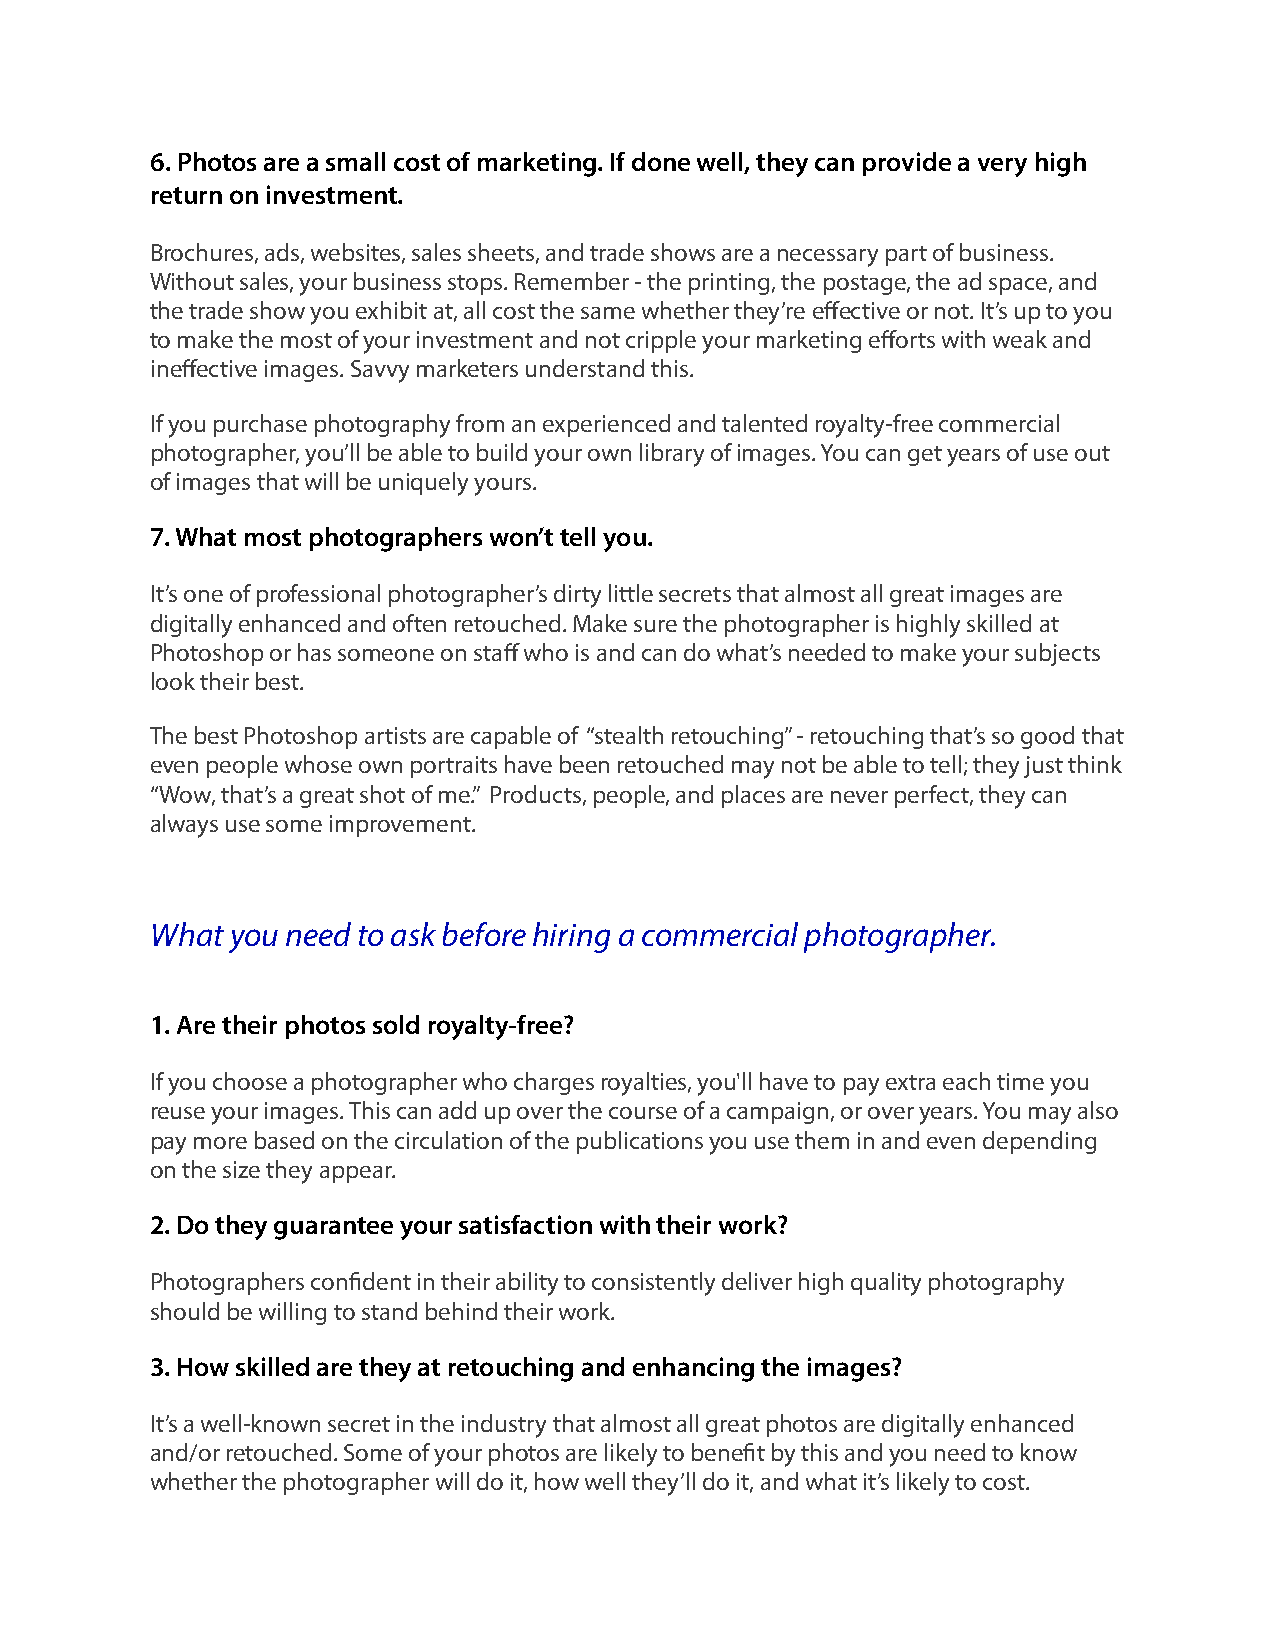
6. Photos are a small cost of marketing. If done well, they can provide a very high
 return on investment.
 Brochures, ads, websites, sales sheets, and trade shows are a necessary part of business.
 Without sales, your business stops. Remember - the printing, the postage, the ad space, and
 the trade show you exhibit at, all cost the same whether they’re effective or not. It’s up to you
 to make the most of your investment and not cripple your marketing efforts with weak and
 ineffective images. Savvy marketers understand this.
 If you purchase photography from an experienced and talented royalty-free commercial
 photographer, you’ll be able to build your own library of images. You can get years of use out
 of images that will be uniquely yours.
 7. What most photographers won’t tell you.
 It’s one of professional photographer’s dirty little secrets that almost all great images are
 digitally enhanced and often retouched. Make sure the photographer is highly skilled at
 Photoshop or has someone on staff who is and can do what’s needed to make your subjects
 look their best.
 The best Photoshop artists are capable of “stealth retouching” - retouching that’s so good that
 even people whose own portraits have been retouched may not be able to tell; they just think
 “Wow, that’s a great shot of me.” Products, people, and places are never perfect, they can
 always use some improvement.
 What you need to ask before hiring a commercial photographer.
 1. Are their photos sold royalty-free?
 If you choose a photographer who charges royalties, you'll have to pay extra each time you
 reuse your images. This can add up over the course of a campaign, or over years. You may also
 pay more based on the circulation of the publications you use them in and even depending
 on the size they appear.
 2. Do they guarantee your satisfaction with their work?
 Photographers confident in their ability to consistently deliver high quality photography
 should be willing to stand behind their work.
 3. How skilled are they at retouching and enhancing the images?
 It’s a well-known secret in the industry that almost all great photos are digitally enhanced
 and/or retouched. Some of your photos are likely to benefit by this and you need to know
 whether the photographer will do it, how well they’ll do it, and what it’s likely to cost.